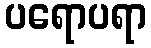
ပရောပရာ